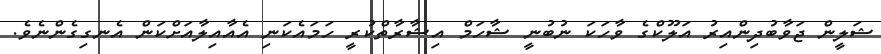
ޝަލީން ޖަވާބުދިންއިރު އަލޫކްގެ ވާހަކަ ނުބުނީ ޝާހަމް އިޝާރާތްކުރީ ހަމައެކަނި އެއާއިލާއަށްކަން އެނގިގެންނެވެ.